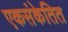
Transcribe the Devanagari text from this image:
एकसंकेतित